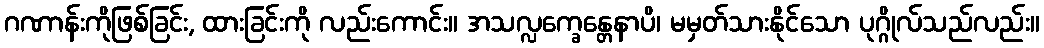
ဂဏာန်းကိုဖြစ်ခြင်း, ထားခြင်းကို လည်းကောင်း။ အသလ္လက္ခေန္တေနာပိ၊ မမှတ်သားနိုင်သော ပုဂ္ဂိုလ်သည်လည်း။